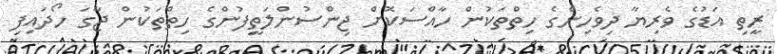
ރީތި އަޑުގެ ވެރިޔާ ދިވެހިންގެ ހިތްތަކުން ހާއްސަކޮށް ޖިންސުންލަތީފުންގެ ހިތްތަކުން ޖާގަ ހޯދައިފި